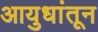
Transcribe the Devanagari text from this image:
आयुधांतून